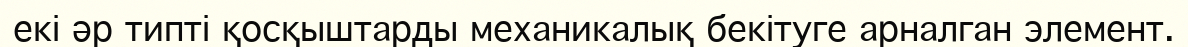
екі әр типті қосқыштарды механикалық бекітуге арналган элемент.